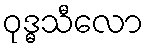
ဝုဒ္ဓသီလော